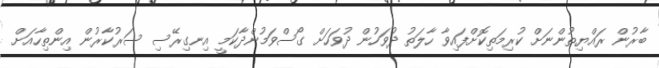
ބާރުން ރައްޔިތުންނަށް ކުރިމަތިކޮށްފައިވާ ހާލަތު ދުވަހުން ދުވަހަށް ގޯސްވަމުންދާކަމީ އިނގިރޭސި ސަރުކާރުން އިންތިހާއަށް